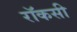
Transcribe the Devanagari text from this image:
रॉकसी